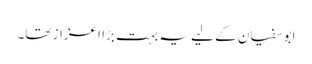
ابوسفیان کے لیے یہ بہت بڑا اعزاز تھا۔